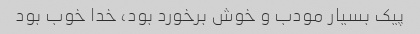
پیک بسیار مودب و خوش برخورد بود، خدا خوب بود